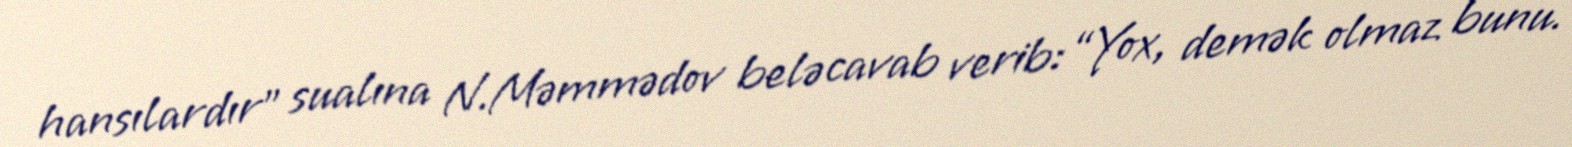
hansılardır” sualına N.Məmmədov belə cavab verib: “Yox, demək olmaz bunu.